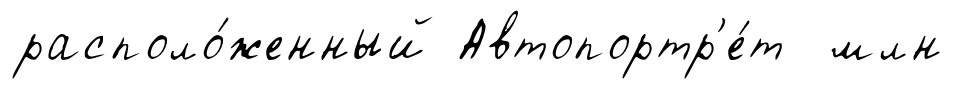
располо́женный Автопортр'е́т млн